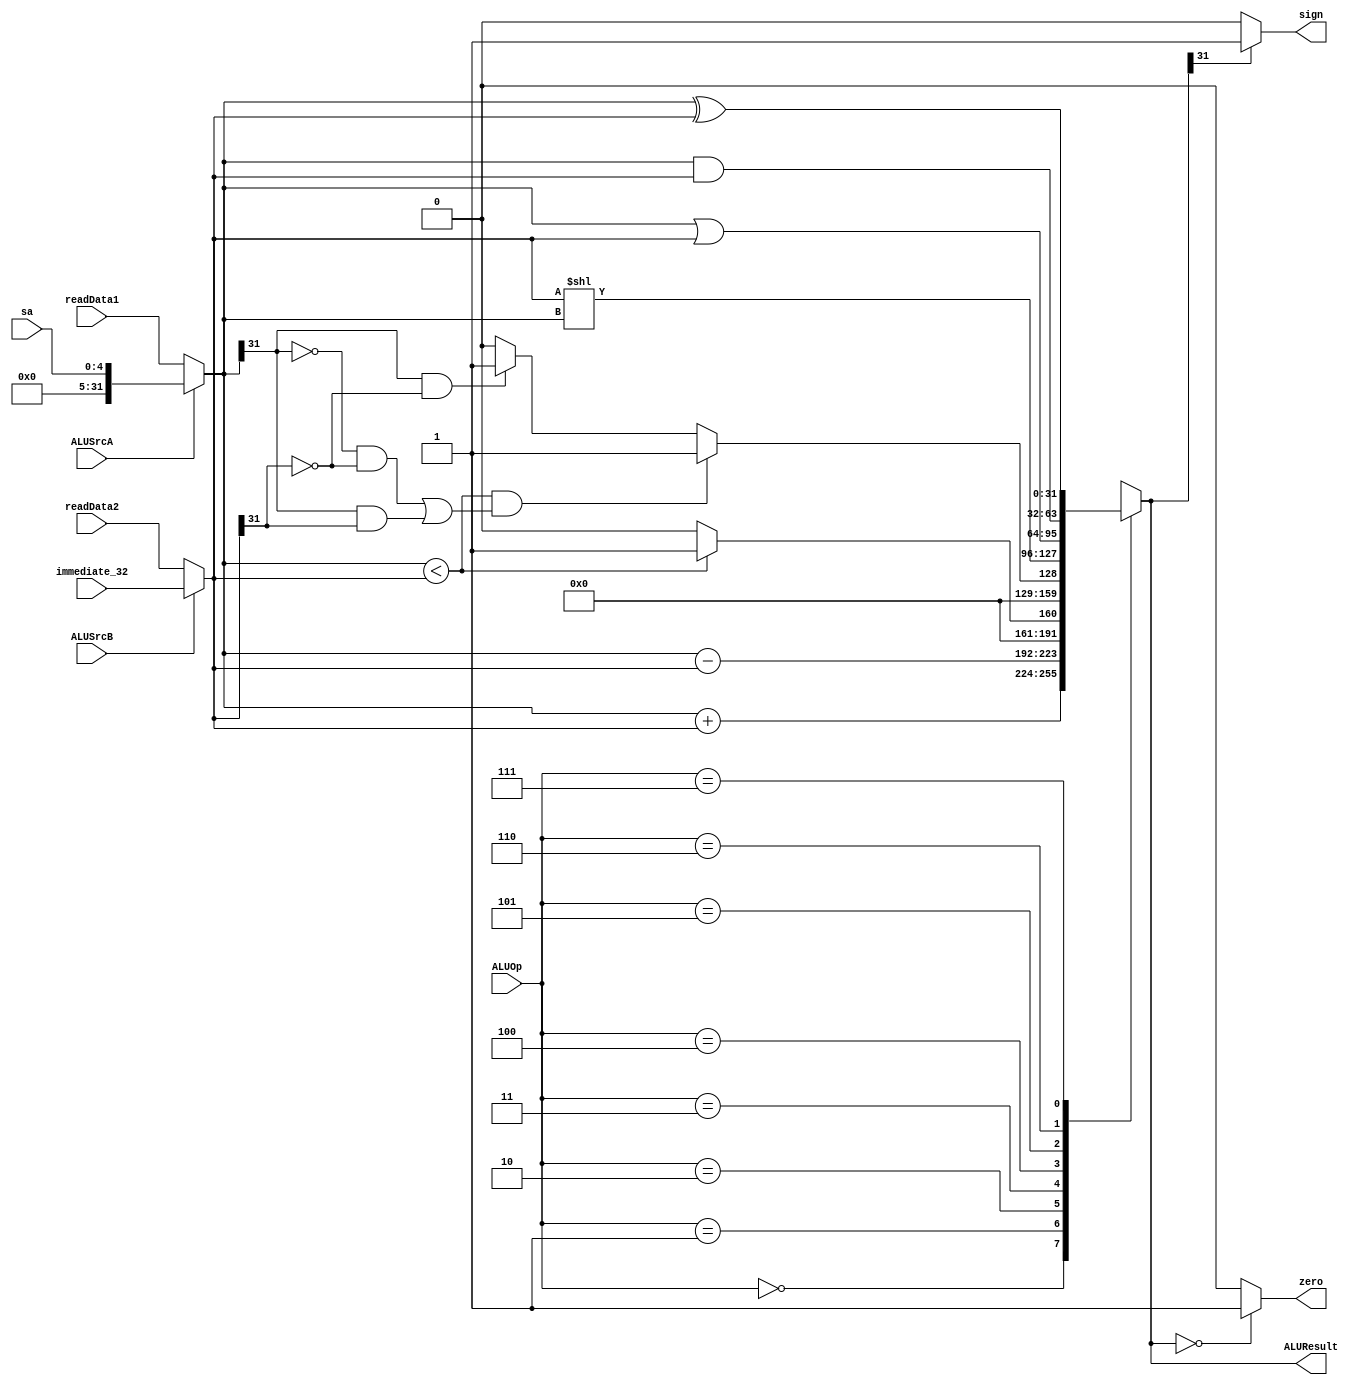
module ALU(
    input ALUSrcA,ALUSrcB,
    input [31:0] readData1,readData2,immediate_32,
    input [4:0] sa,
    input [2:0] ALUOp,
    output zero,sign,
    output reg [31:0] ALUResult
    );
    wire [31:0] sa_32;
    assign sa_32 = { {27{0}},sa[4:0] }; //saչ
    
    wire [31:0] A,B;
    assign A = ALUSrcA ? sa_32 : readData1;
    assign B = ALUSrcB ? immediate_32 : readData2;
    
    initial begin
               ALUResult = 0;
    end  
    assign zero = (ALUResult == 0) ? 1 : 0;
    assign sign = (ALUResult[31] == 1) ? 1 : 0;
    always@(A or B  or ALUOp)
    begin
        case(ALUOp)
            3'b000 : ALUResult = A + B;
            3'b001 : ALUResult = A - B;
            3'b010 : ALUResult = ( A < B) ? 1 : 0;
            3'b011 : begin
                        if( A < B && (( A[31] == 0 && B[31]==0) ||(A[31] == 1 && B[31]==1)) )
                            ALUResult = 1;
                        else if(A[31] == 1 && B[31] == 0) ALUResult = 1;
                        else ALUResult = 0;
                     end
            3'b100 : ALUResult = B << A;
            3'b101 : ALUResult = A | B;
            3'b110 : ALUResult = A & B;
            3'b111 : ALUResult = A ^ B;
            default : ALUResult = 0;
        endcase
    end
    
            
endmodule